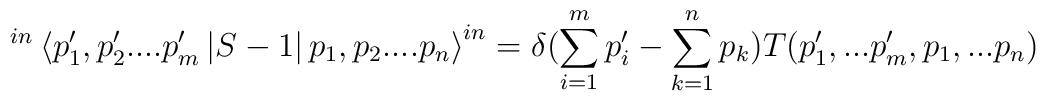
^{in}\left\langle p_{1}^{\prime },p_{2}^{\prime }....p_{m}^{\prime }\left|S-1\right| p_{1},p_{2}....p_{n}\right\rangle ^{in}=\delta(\sum_{i=1}^{m}p_{i}^{\prime }-\sum_{k=1}^{n}p_{k})T(p_{1}^{\prime},...p_{m}^{\prime },p_{1},...p_{n})